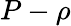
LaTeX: P-\rho